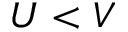
U < V